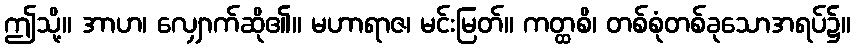
ဤသို့။ အာဟ၊ လျှောက်ဆို၏။ မဟာရာဇ၊ မင်းမြတ်။ ကတ္ထစိ၊ တစ်စုံတစ်ခုသောအရပ်၌။